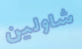
شاولين